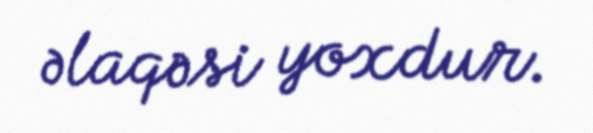
əlaqəsi yoxdur.